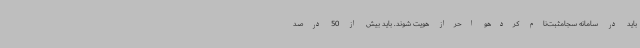
باید در سامانه سجامثبت‌نام کردهو احراز هویت شوند. باید بیش از 50 درصد